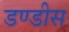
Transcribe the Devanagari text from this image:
डण्डीस